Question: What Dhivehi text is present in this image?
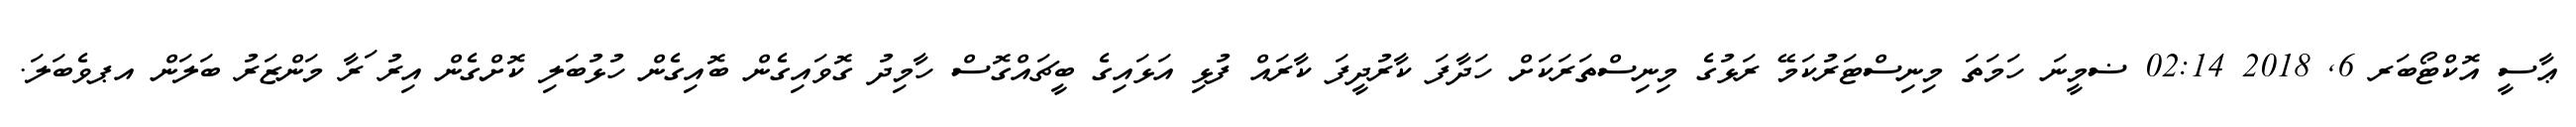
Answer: ޢާސީ އޮކްޓޯބަރ 6, 2018 02:14 ޟމީނަ ހަމަތަ މިނިސްޓަރުކަމޭ ރަޅުގެ މިނިސްތަރަކަށް ހަދާފަ ކާރުދީފަ ކާރައް ފުޅި އަޅައިގެ ބީޗައްގޮސް ހާމިދު ގޮވައިގެން ބޮއިގެން ހުޅުބަލި ކޮށްގެން އިރު ަރާ މަންޒަރު ބަލަން އޕވެބަލަ.